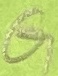
Text: G